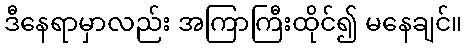
ဒီနေရာမှာလည်း အကြာကြီးထိုင်၍ မနေချင်။